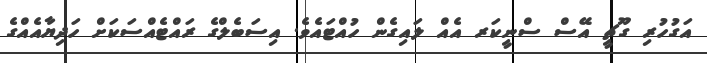
އަގުހުރި ގޫޗީ އޭސް ސްނީކަރ އެއް ލައިގެން ހުއްޓައެވެ. އިސަބެލްގެ ރައްޓެއްސަކަށް ހަދިޔާއެއްގެ